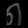
Digit: ၈